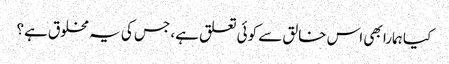
کیا ہمارا بھی اس خالق سے کوئی تعلق ہے، جس کی یہ مخلوق ہے؟